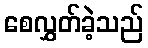
စေလွှတ်ခဲ့သည်